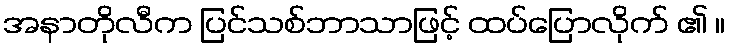
အနာတိုလီက ပြင်သစ်ဘာသာဖြင့် ထပ်ပြောလိုက် ၏ ။